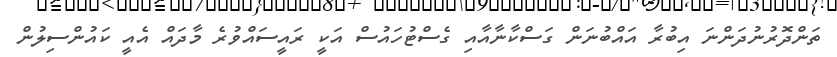
ތަންދޮރުނުދަންނަ އިބުރާ އައްބުނަން ގަސްކާނާއާއި ގެސްޓުހައުސް އަކީ ރައީސައްވުރެ މާދައް އެއީ ކައުންސިލުން